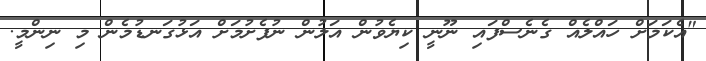
"އެކަމަށް ހައްލެއް ގެނެސްފައި ނޫނީ ކިޔެވުން އަލުން ނުފެށުމަށް އަޅުގަނޑުމެން މި ނިންމީ.